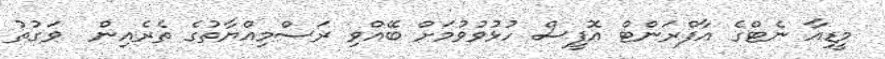
މީޑިއާ ނެޓްގެ އާފްރަންޓް އޮފީސް ހުޅުވުވުމަށް ބޭއްވި ރަސްމިއްޔާތުގެ ތެރެއިން  ވަގުތު